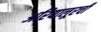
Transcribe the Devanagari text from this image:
अरियालूरची